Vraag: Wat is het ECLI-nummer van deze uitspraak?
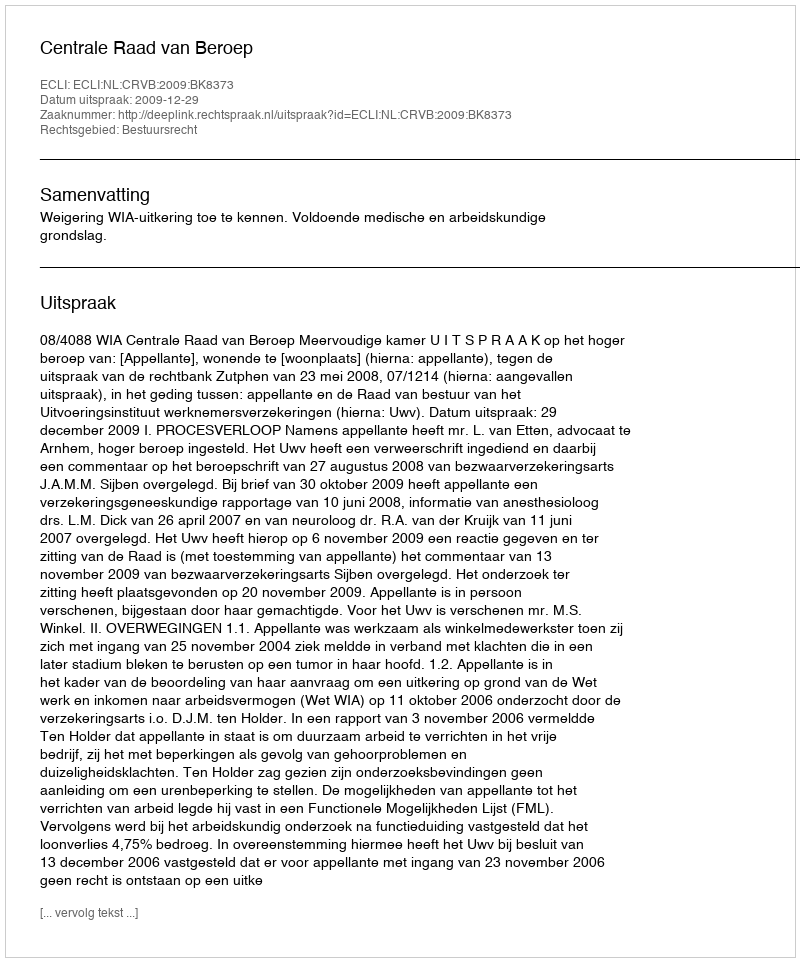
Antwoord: ECLI:NL:CRVB:2009:BK8373